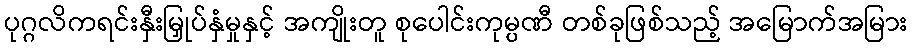
ပုဂ္ဂလိကရင်းနှီးမြှုပ်နှံမှုနှင့် အကျိုးတူ စုပေါင်းကုမ္ပဏီ တစ်ခုဖြစ်သည့် အမြောက်အမြား